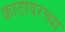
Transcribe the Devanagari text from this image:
काठावरच्या